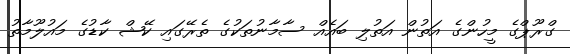
ގްރޫޕްގެ މީހުންގެ އަތުން އަތުލި ބައެއް ސާމާނުތަކުގެ ތެރޭގައި ކޭޝް ކާޑުގެ މައުލޫމާތު